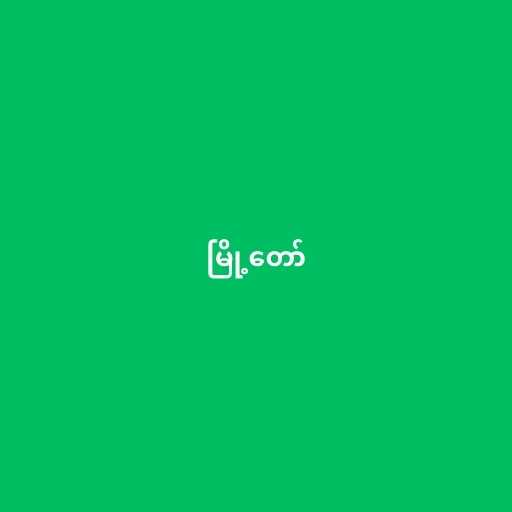
မြို့တော်